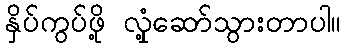
နှိပ်ကွပ်ဖို့ လှုံ့ဆော်သွားတာပါ။